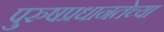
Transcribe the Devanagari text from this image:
पुरुषप्रधानतेच्या